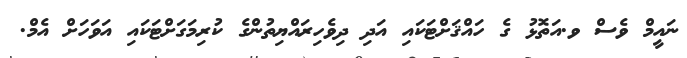
ނައީމް ވެސް ވ.އަތޮޅު ގެ ހައްޤަށްޓަކައި އަދި ދިވެހިރައްޔިތުންގެ ކުރިމަގަށްޓަކައި އަވަހަށް އެމް.